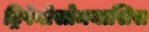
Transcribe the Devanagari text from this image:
ट्रिपेनोसोमयासिस